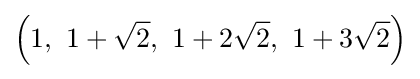
\left(1,\ 1+{\sqrt {2}},\ 1+2{\sqrt {2}},\ 1+3{\sqrt {2}}\right)